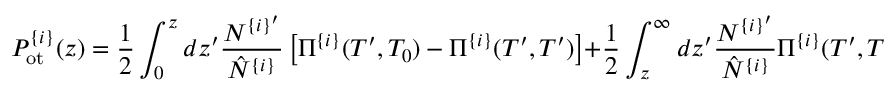
P _ { \mathrm { o t } } ^ { \{ i \} } ( z ) = \frac { 1 } { 2 } \int _ { 0 } ^ { z } d z ^ { \prime } \frac { N ^ { \{ i \} ^ { \prime } } } { \hat { N } ^ { \{ i \} } } \left[ \Pi ^ { \{ i \} } ( T ^ { \prime } , T _ { 0 } ) - \Pi ^ { \{ i \} } ( T ^ { \prime } , T ^ { \prime } ) \right] + \frac { 1 } { 2 } \int _ { z } ^ { \infty } d z ^ { \prime } \frac { N ^ { \{ i \} ^ { \prime } } } { \hat { N } ^ { \{ i \} } } \Pi ^ { \{ i \} } ( T ^ { \prime } , T ^ { \prime } ) .